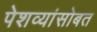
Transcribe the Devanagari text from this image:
पेशव्यांसोबत